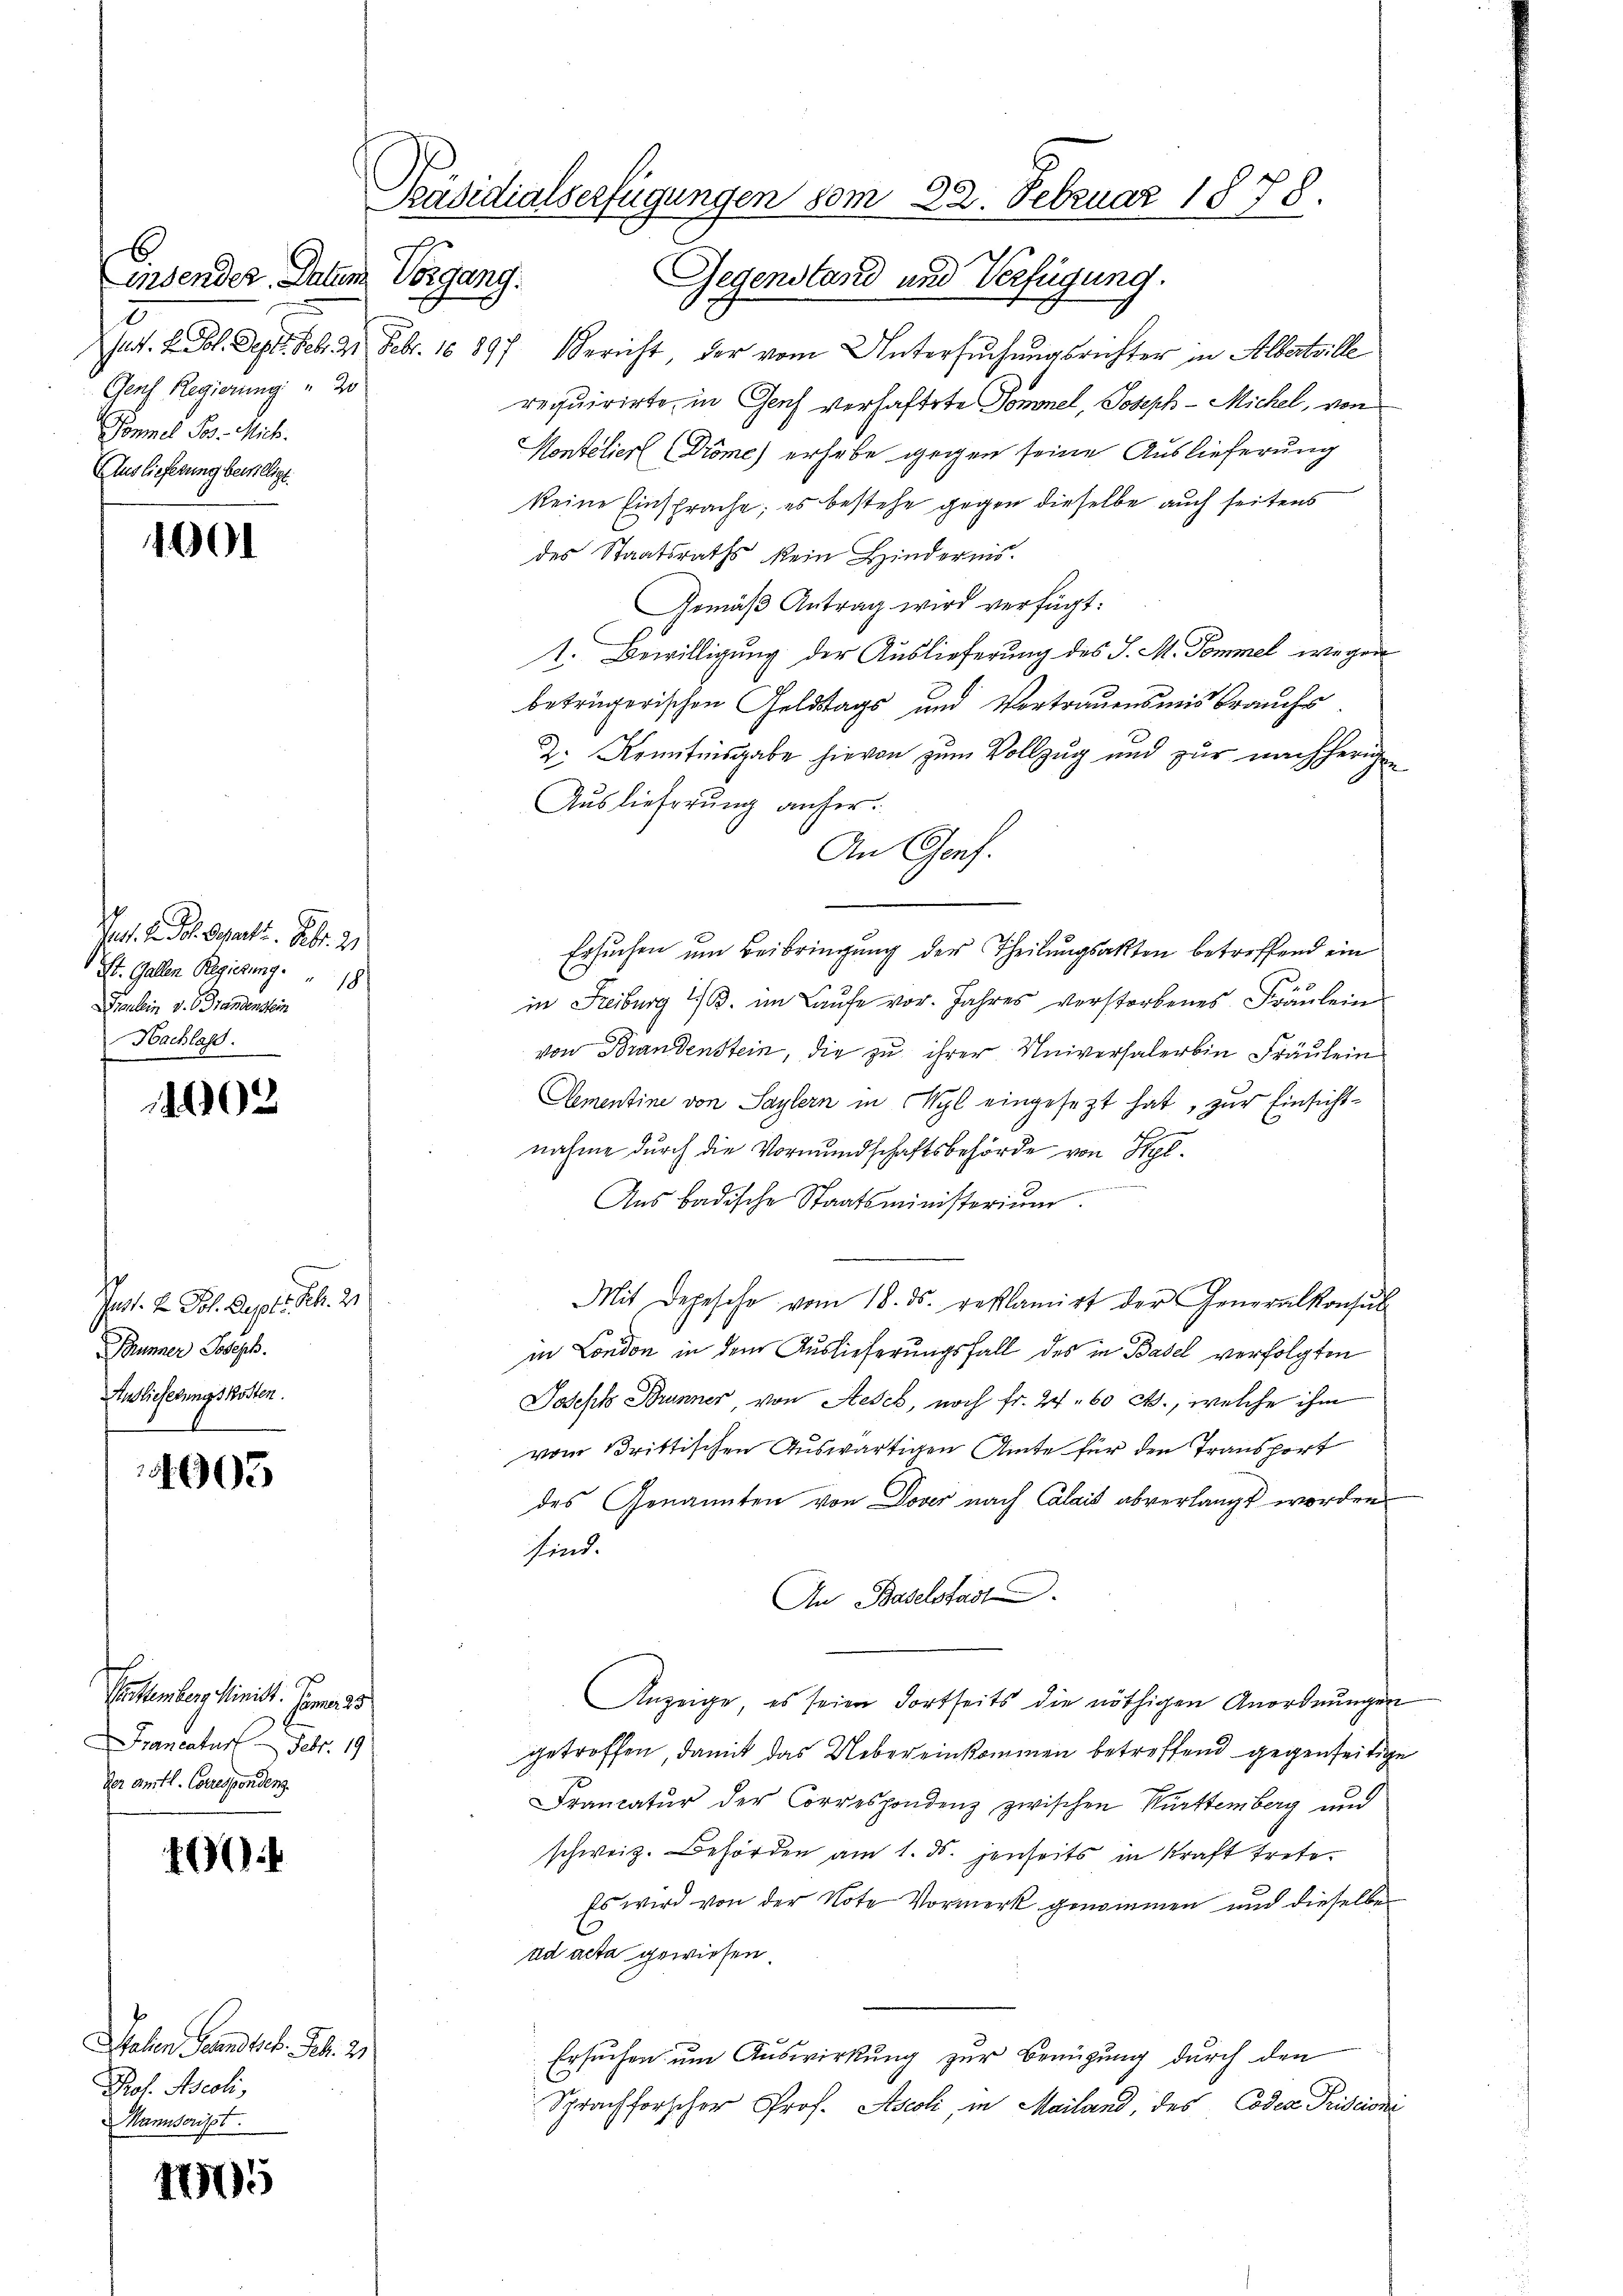
Einsender. Allem
2
Genf Regierung " 20
Sonnel Jos. Mich.
AAuslieferung bewilligt.

1001

Pat. H. Joh. Separti. Febr. 21
St. Gallen Regierung " 18
Fronlein v. Standenstein
Hachlass.

1902

Prof. H. Joh. Sept. S. 21
Thümner Joseph.
Auslieferungskosten.

4605

.

17505

x
Pactum den Minist. Jena. 25
Franeatur. Febr. 19
der amtl. Corresponden.

Sahen Gesandte. Feb. 21.
Prof. Ascoli,
Manuscrist.

Präsidialserfügungen vom 22. Februar 1878.
Vorgang. Gegenstand und Verfügung.

sart. 4. Fol. Dept. Feb. 21. Febr. 16 897. Bericht der vom Untersuchungsrichter in Albertrille
requirirte in Genf verhaftete Domnel, Joseph-Michel, von
Montelier (Dröme) erhabe gegen seine Auslieferung
keine Einsprache; es bestehe gegen dieselbe auch seitens
des Staatsraths kein Hindernis.
Gemäß Antrag wird verfügt:
1. Bewilligung der Auslieferung des J. M. Sommel wegen
betrügerischen Geldstags und Vortrauensmis brauchs.
Z. Kenntnisgabe hievon zum Vollzug und zur nachherigen
Auslieferung anher.
An Genf.
Ersuchen um Beibringung der Theilungsakten betreffend ein
in Freiburg 1. B. im Laufe vor. Jahres verstorbenes Fräulein
von Brandenstein, die zu ihrer Universalerbin Fräulein
Aementine von Saylern in Wyl eingesezt hat, zur Einsicht¬
4
nahme durch die Vormundschaftsbehörde von Wyl¬
Aus badische Staatsministerium.
Mit Depesche vom 18. ds. reklamirt der Generalkonsul
in London in dem Auslieferungsfall des in Basel verfolgten
Joseph Brunner, von Aesch, noch fr. 24. 60 Ct., welche ihm
vom Brittischen Auswärtigen Amte für den Transport
des Genannten von Dover nach Calais abverlangt worden
sind.
An Baselstadt
Anzeige, es seine dortseits die nöthigen Anordnungen
getroffen, damit das Uebereinkommen betreffend gegenseitige
Francatŭr der Correspondenz zwischen Württemberg und
schweiz. Behörden am 1. ds. jenseits in Kraft trete¬
Es wird von der Note Vormerk genommen und dieselbe
ad acta gewiesen.
t
Ersuchen um Auswirkung zur Benügung durch den
Sprachforscher Prof. Ascoli, in Mailand, des Codex Triderni